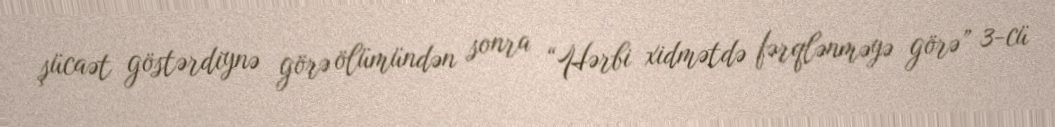
şücaət göstərdiynə görə ölümündən sonra “Hərbi xidmətdə fərqlənməyə görə” 3-cü